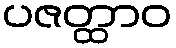
ပဇတ္ထာဝ